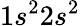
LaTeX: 1s^{2}2s^{2}